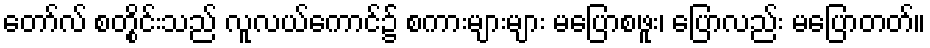
တော်လ် စတွိုင်းသည် လူလယ်ကောင်၌ စကားများများ မပြောစဖူး၊ ပြောလည်း မပြောတတ်။